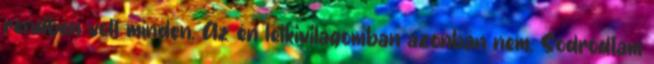
rendben volt minden. Az én lelkivilágomban azonban nem. Sodródtam